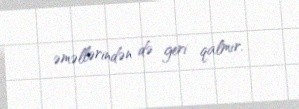
əməllərindən də geri qalmır.